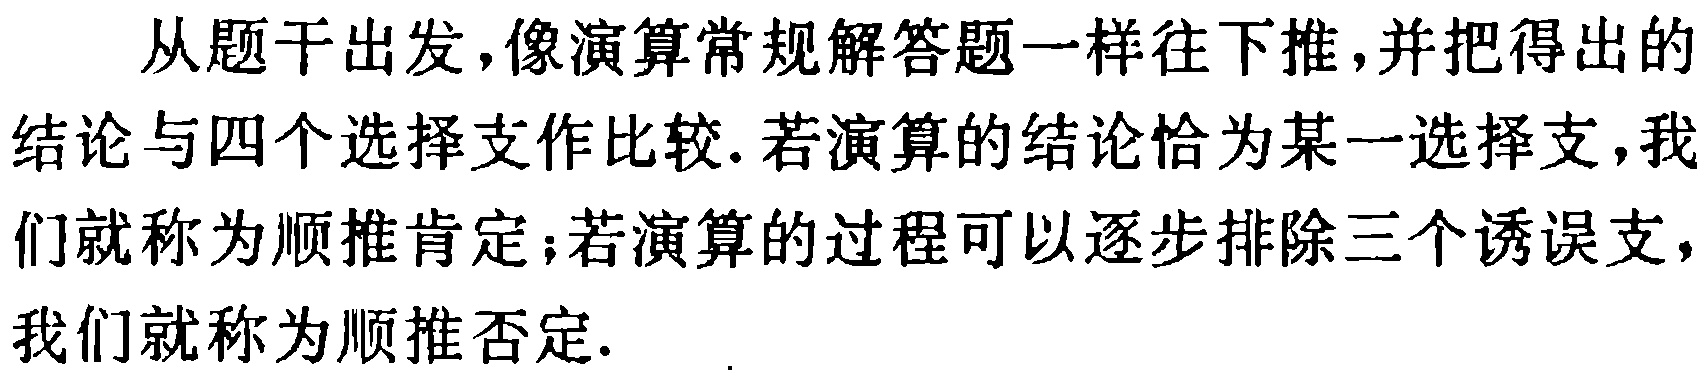
从题干出发,像演算常规解答题一样往下推,并把得出的结论与四个选择支作比较.若演算的结论恰为某一选择支,我们就称为顺推肯定;若演算的过程可以逐步排除三个诱误支,我们就称为顺推否定.